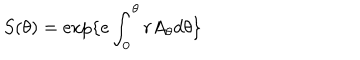
S ( \theta ) = \exp \{ e \int _ { 0 } ^ { \theta } r A _ { \theta } d \theta \}